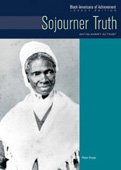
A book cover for Sojourner Truth: Antislavery Activist (Black Americans of Achievement); Peter Krass; Teen & Young Adult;